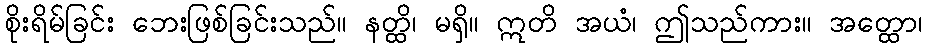
စိုးရိမ်ခြင်း ဘေးဖြစ်ခြင်းသည်။ နတ္ထိ၊ မရှိ။ ဣတိ အယံ၊ ဤသည်ကား။ အတ္ထော၊